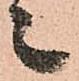
々